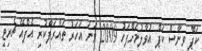
ކަޕް ވިނާސް ކަޕް އުވާލުމަށްފަހު 2009 ވަނަ އަހަރު ތައާރަފްކުރި އެފްއޭ ޗެރިޓީ